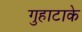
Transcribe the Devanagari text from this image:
गुहाटाके